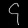
Digit: ၄